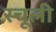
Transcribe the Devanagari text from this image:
स्चूली